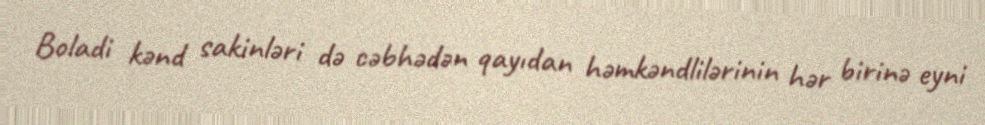
Boladi kənd sakinləri də cəbhədən qayıdan həmkəndlilərinin hər birinə eyni